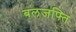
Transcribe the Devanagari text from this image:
बलजफ्ति